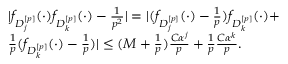
\begin{array} { r l } & { | f _ { D _ { j } ^ { [ p ] } } ( \cdot ) f _ { D _ { k } ^ { [ p ] } } ( \cdot ) - \frac { 1 } { p ^ { 2 } } | = | ( f _ { D _ { j } ^ { [ p ] } } ( \cdot ) - \frac { 1 } { p } ) f _ { D _ { k } ^ { [ p ] } } ( \cdot ) + } \\ & { \frac { 1 } { p } ( f _ { D _ { k } ^ { [ p ] } } ( \cdot ) - \frac { 1 } { p } ) | \leq ( M + \frac { 1 } { p } ) \frac { C \alpha ^ { j } } { p } + \frac { 1 } { p } \frac { C \alpha ^ { k } } { p } . } \end{array}